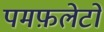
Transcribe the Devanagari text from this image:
पमफ़लेटों